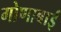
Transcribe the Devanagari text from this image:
गोणाबाई